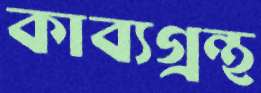
কাব্যগ্রন্থ